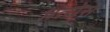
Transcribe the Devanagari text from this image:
प्रत्येस